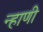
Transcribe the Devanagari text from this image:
न्हाणी